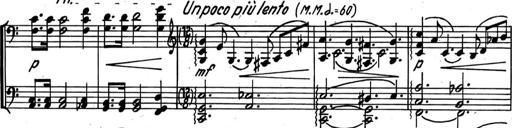
Title: Kleine Sonate
Composer: Raoul Koczalski
Key: C major